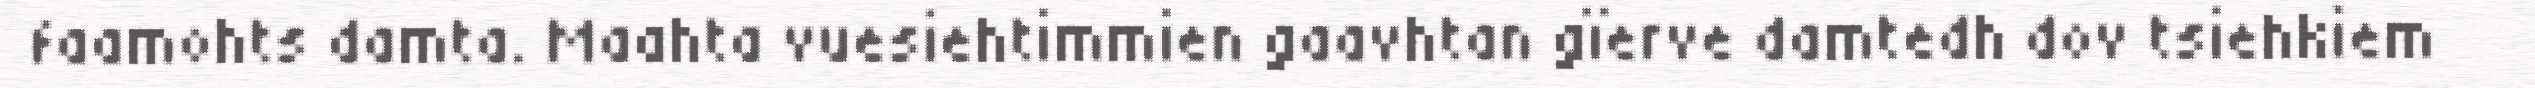
faamohts damta. Maahta vuesiehtimmien gaavhtan gïerve damtedh dov tsiehkiem